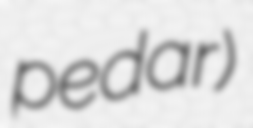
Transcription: pedar)